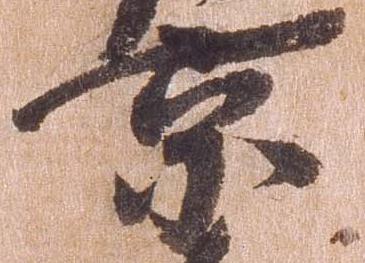
京